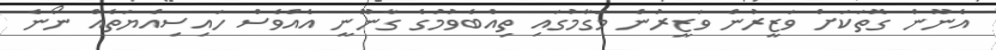
އެނޫން ގޮތަކަށް ވަޒީރުން ވަޒީރުން މަގާމުގައި ތިއްބެވުމުގެ ގާނޫނީ އެއްވެސް ހައިސިއްޔަތެއް ނޯނެ